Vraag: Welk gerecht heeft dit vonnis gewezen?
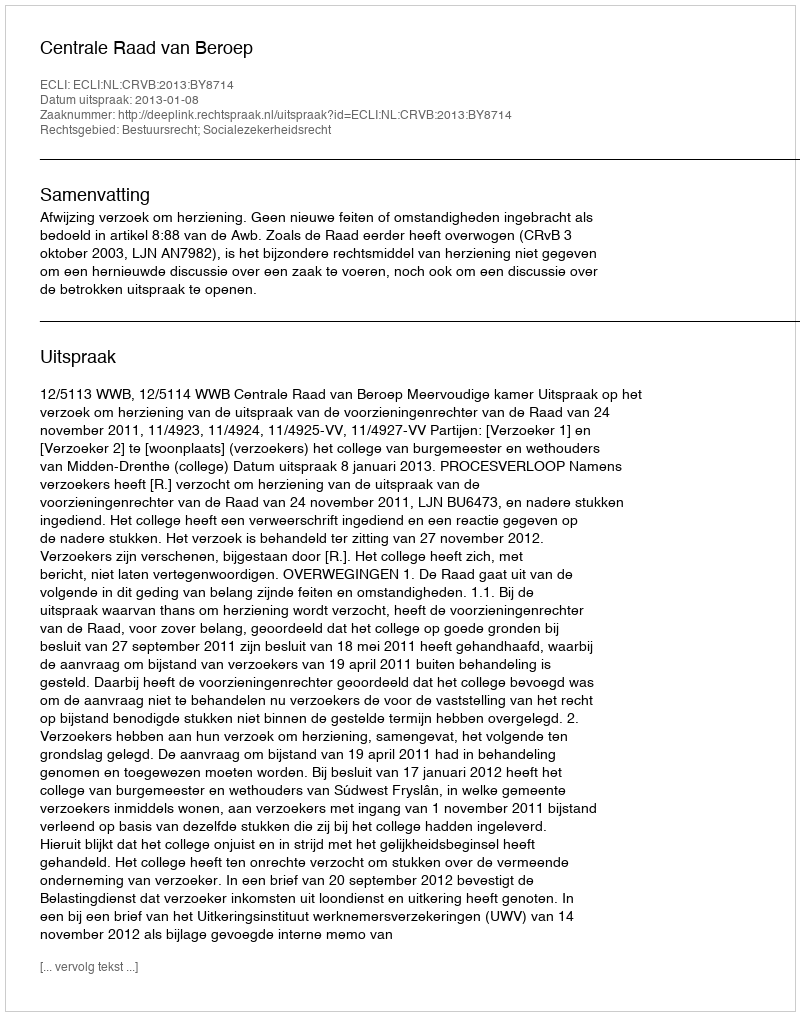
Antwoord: Centrale Raad van Beroep